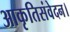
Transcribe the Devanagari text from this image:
आकृतिसंवेदन।